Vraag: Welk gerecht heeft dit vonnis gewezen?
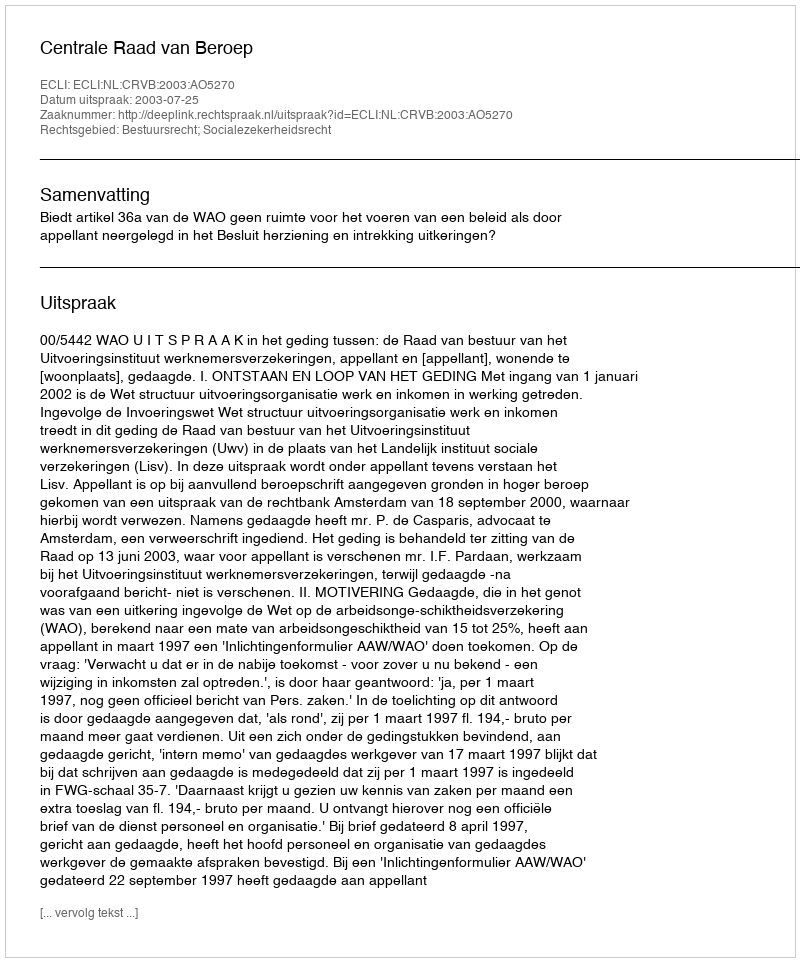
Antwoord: Centrale Raad van Beroep